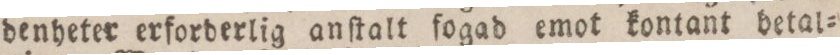
denheter erforderlig anſtalt folgad emot kontant betal=